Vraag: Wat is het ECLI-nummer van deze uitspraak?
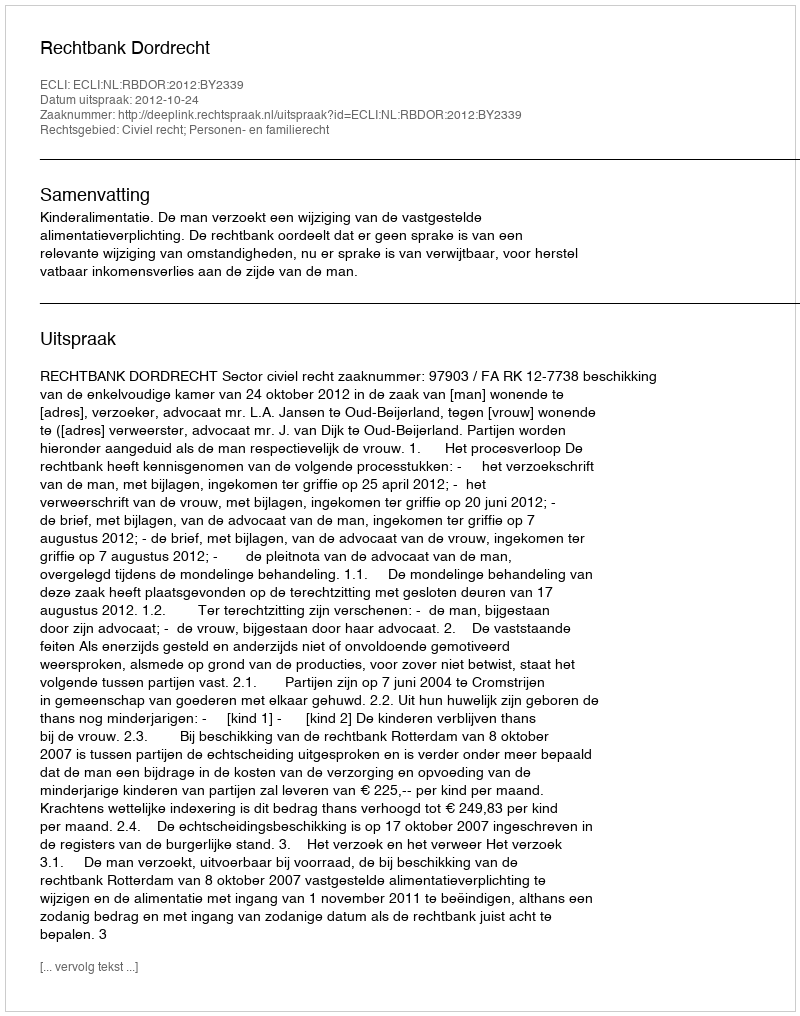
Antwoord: ECLI:NL:RBDOR:2012:BY2339